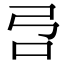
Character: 𰇉